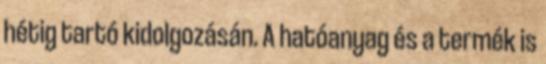
hétig tartó kidolgozásán. A hatóanyag és a termék is